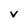
Character: V